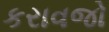
કરાવજો